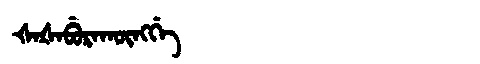
Manchu: ᡧᠠᡧᠠᠪᡠᡵᠠᡴᡡᠩᡤᡝ
Romanization: ŠAŠABURAKŪNGGE